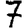
Digit: 7